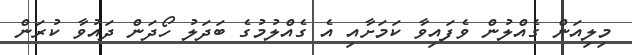
މިލިއަން ގެއްލުން ވެފައިވާ ކަމަށާއި އެ ގެއްލުމުގެ ބަދަލު ހޯދަން ދައުވާ ކުރަން